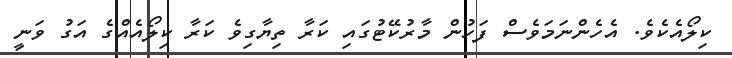
ކިލޯއެކެވެ. އެހެންނަމަވެސް ފަހުން މާރުކޭޓުގައި ކަރާ ތިޔާގިވެ ކަރާ ކިލޯއެއްގެ އަގު ވަނީ